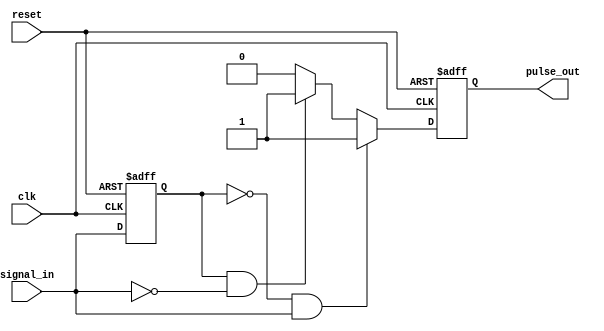
module pulse_edge_detector (
    input wire clk,               // Clock signal
    input wire reset,             // Asynchronous reset signal
    input wire signal_in,         // Input signal to detect edges
    output reg pulse_out          // Output pulse signal
);

    // Memory block to hold the previous state of the input signal
    reg previous_state;

    // Edge detection logic
    always @(posedge clk or posedge reset) begin
        if (reset) begin
            previous_state <= 1'b0;  // Initialize previous state to low
            pulse_out <= 1'b0;       // Initialize pulse output to low
        end else begin
            // Check for rising edge
            if (previous_state == 1'b0 && signal_in == 1'b1) begin
                pulse_out <= 1'b1;     // Generate pulse for rising edge
            end
            // Check for falling edge
            else if (previous_state == 1'b1 && signal_in == 1'b0) begin
                pulse_out <= 1'b1;     // Generate pulse for falling edge
            end else begin
                pulse_out <= 1'b0;      // No edge detected, keep pulse low
            end
            
            // Update previous state with current input signal
            previous_state <= signal_in;
        end
    end

endmodule